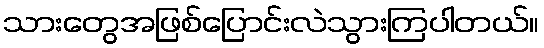
သားတွေအဖြစ်ပြောင်းလဲသွားကြပါတယ်။